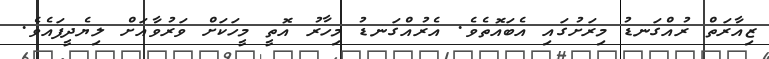
ޒިއާރަތް ރުއްގަނޑު މިރަށުގައި އެބައޮތެވެ. އެރުއްގަނޑު މިހާރު އޮތީ މީހަކަށް ވަރުވާއަށް ލިޔެދީފައެވެ.